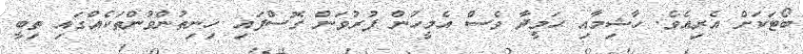
ބޯޓަކަށް އެރިއެވެ. ހާޝިމާއި ޙަމީދާ ވެސް އެމީހުން ފުރުވަން ގޮސްފައި ހިނިތުންވުންތަކެއްގައި ތިބީ